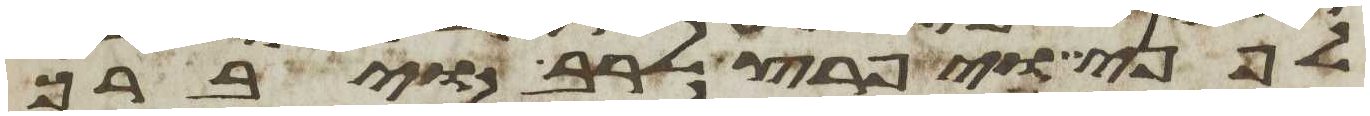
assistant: לפני ויפרץ לרב ויברך